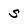
Character: s